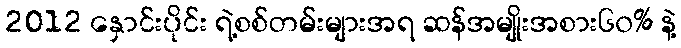
2012 နှောင်းပိုင်း ရဲ့စစ်တမ်းများအရ ဆန်အမျိုးအစား၆၀% နဲ့